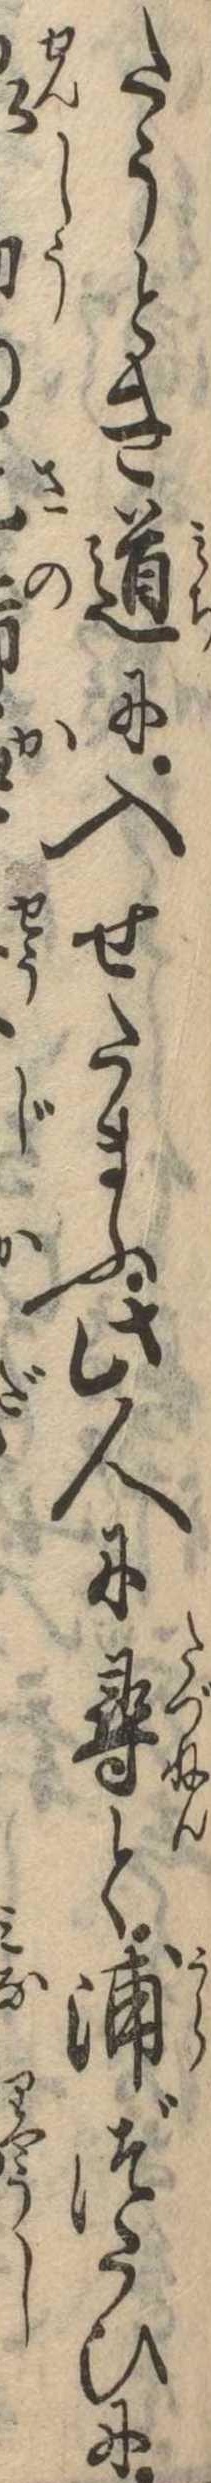
たうとき道に入せたまふ此人に尋と浦づたひに